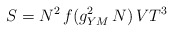
\begin{align*}S=N^2 \,f(g_{YM}^2 \,N) \,V T^3 \end{align*}